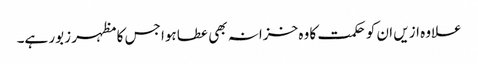
علاوہ ازیں ان کو حکمت کا وہ خزانہ بھی عطا ہوا جس کا مظہر زبور ہے۔